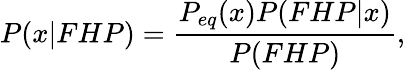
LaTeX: P(x|FHP)=\frac{P_{eq}(x)P(FHP|x)}{P(FHP)},